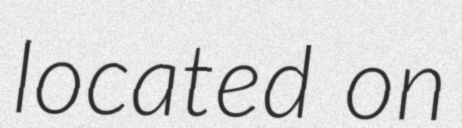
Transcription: located on